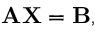
\mathbf { A X } = \mathbf { B } ,